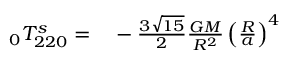
\begin{array} { r l } { \phantom { } _ { 0 } T _ { 2 2 0 } ^ { s } = } & { { } - \frac { 3 \sqrt { 1 5 } } { 2 } \frac { G M } { R ^ { 2 } } \left( \frac { R } { a } \right) ^ { 4 } } \end{array}